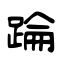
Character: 踚